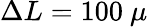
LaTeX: \Delta L=100~\mu